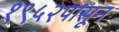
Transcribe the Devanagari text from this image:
१९५२पासून